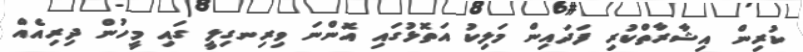
ކުރިން އިޝާރާތްކުރި ފަދައިން މަލިކު އަތޮޅުގައި އޮންނަ ވިރިނގިލީ ގައި މީހުން ދިރިއެއް